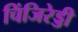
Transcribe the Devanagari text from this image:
चिंजिरेड्डी